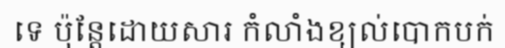
ទេ ប៉ុន្តែដោយសារ កំលាំងខ្យល់បោកបក់